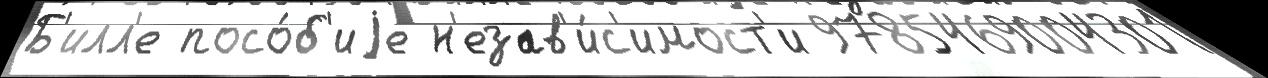
Б'илл'е посо́б'иjе н'езав'и́с'имост'и 9785469004301